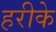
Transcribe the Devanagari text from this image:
हरीके